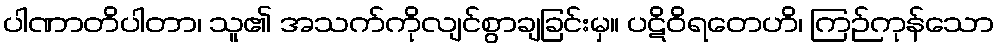
ပါဏာတိပါတာ၊ သူ၏ အသက်ကိုလျင်စွာချခြင်းမှ။ ပဋိဝိရတေဟိ၊ ကြဉ်ကုန်သော